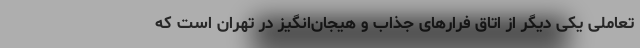
تعاملی یکی دیگر از اتاق فرارهای جذاب و هیجان‌انگیز در تهران است که